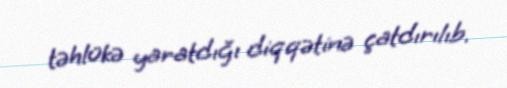
təhlükə yaratdığı diqqətinə çatdırılıb.